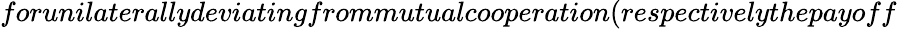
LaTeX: forunilaterallydeviatingfrommutualcooperation(respectivelythepayoff